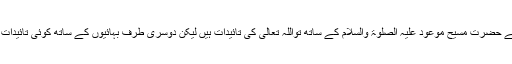
تو اس لحاظ سے حضرت مسیح موعود علیہ الصلوٰۃ والسلام کے ساتھ تواللہ تعالیٰ کی تائیدات ہیں لیکن دوسری طرف بہائیوں کے ساتھ کوئی تائیدات نظر نہیں آتیں۔